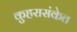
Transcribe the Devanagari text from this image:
कुहरासंकेत